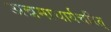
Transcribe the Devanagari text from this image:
अन्नमाचार्यचरित्